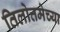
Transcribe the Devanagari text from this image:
तिलोत्तमेच्या